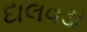
દાલવડા